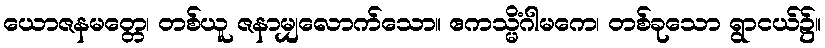
ယောဇနမတ္တေ၊ တစ်ယူ ဇနာမျှလောက်သော။ ဧကသ္မိံဂါမကေ၊ တစ်ခုသော ရွာငယ်၌။